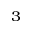
^ { 3 }